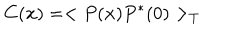
C ( { \bf x } ) = < P ( { \bf x } ) P ^ { * } ( 0 ) > _ { T }